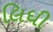
લિધી